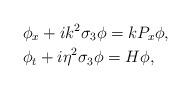
LaTeX: \begin{align*}&\phi_x+ik^2\sigma_3\phi=kP_x\phi,\\&\phi_t+i\eta^2\sigma_3\phi=H\phi,\end{align*}